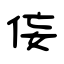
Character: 侫